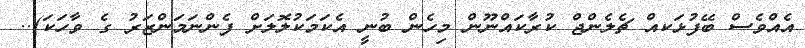
އެއްވެސް ބޭފުޅަކއް ޗެލެންޖް ކުރާކައްނޫން މިހެން ބުނީ އެކަމަކުލޮލަށް ފެންނަމަންޒަރު ގެ ވާހަކަ)..